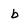
Character: b